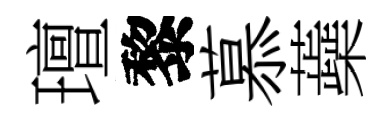
璮黎慕蘃